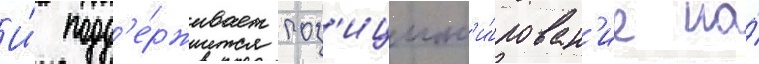
И́ подд'е́рживает поз'ицион'и́рован'ие на́